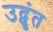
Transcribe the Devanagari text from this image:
उद्वृंत